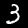
Label: 3